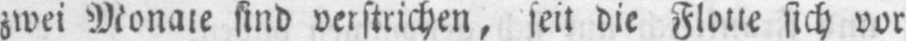
zwei Monate sind verstrichen, seit die Flotte sich vor